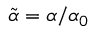
\tilde { \alpha } = \alpha / \alpha _ { 0 }